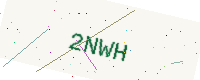
Text: 2NWH